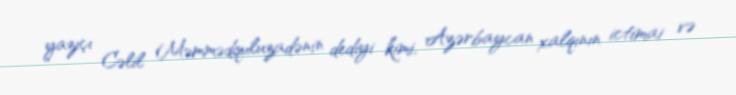
yazıçı Cəlil Məmmədquluzadənin dediyi kimi, Azərbaycan xalqının ictimai və